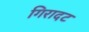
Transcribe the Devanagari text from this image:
गिरादट